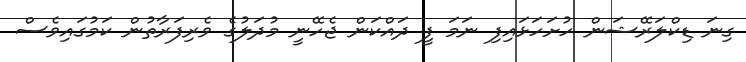
ގިނަ ޑިކްލަރޭޝަން ހުށަހަޅައިފި ނަމަ ފީ ދައްކަން ޖެހޭނީ މުދަލުގެ ވެރިފަރާތުން ކަމުގައިވެސް